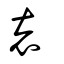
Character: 褱